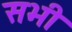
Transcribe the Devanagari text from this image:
सभी